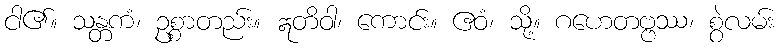
ငါ၏။ သန္တကံ၊ ဥစ္စာတည်း။ ဣတိဝါ၊ ကောင်း။ ဧဝံ၊ သို့။ ဂဟေတဗ္ဗဿ၊ စွဲလမ်း